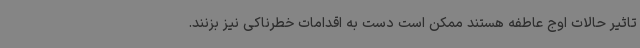
تاثیر حالات اوج عاطفه هستند ممکن است دست به اقدامات خطرناکی نیز بزنند.